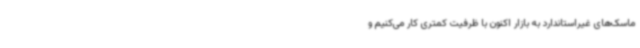
ماسک‌های غیراستاندارد به بازار اکنون با ظرفیت کمتری کار می‌کنیم و